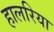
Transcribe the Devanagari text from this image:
हालरिया